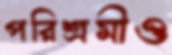
পরিশ্রমীও